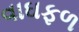
વાઘફળ